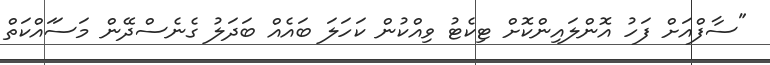
"ސާފްއަށް ފަހު އޮންލައިންކޮށް ޓިކެޓު ވިއްކުން ކަހަލަ ބައެއް ބަދަލު ގެނެސްދޭން މަސަައްކަތް